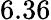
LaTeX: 6.36